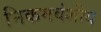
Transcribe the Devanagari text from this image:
निकमवंशीय